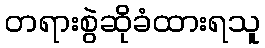
တရားစွဲဆိုခံထားရသူ